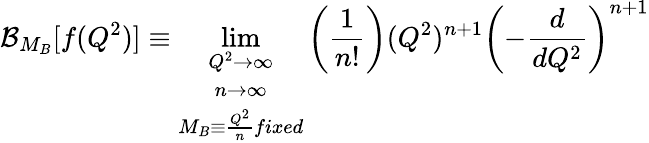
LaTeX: {\mathcal{B}}_{M_{B}}[f(Q^{2})]\equiv\operatorname*{lim}_{\begin{array}{c}{{Q^{2}\rightarrow\infty}}\\ {{n\rightarrow\infty}}\\ {{M_{B}\equiv\frac{Q^{2}}{n}fixed}}\end{array}}\left(\frac{1}{n!}\right)(Q^{2})^{n+1}\left(-\frac{d}{d{Q^{2}}}\right)^{n+1}